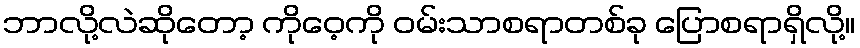
ဘာလို့လဲဆိုတော့ ကိုဝေ့ကို ဝမ်းသာစရာတစ်ခု ပြောစရာရှိလို့။